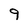
Character: 9